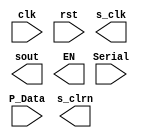
module  	 LED_P2S(input wire clk,		//parallel to serial
						input wire rst,
						input wire Serial,
						input wire[DATA_BITS-1:0] P_Data,
						output reg  s_clk,
						output wire s_clrn,
						output wire sout,
						output reg  EN
						);

parameter
	DATA_BITS = 16,  											// data length
	DATA_COUNT_BITS = 4; 									// data shift bits
		
endmodule